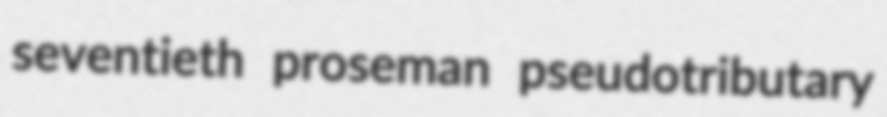
seventieth proseman pseudotributary